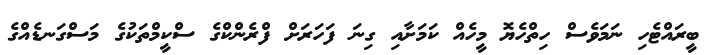
ބީރައްޓެހި ނަމަވެސް ހިތްހެޔޮ މީހެއް ކަމަށާއި ގިނަ ފަހަރަށް ފްރެންކްގެ ސްކީމްތަކުގެ މަސްގަނޑެއްގެ